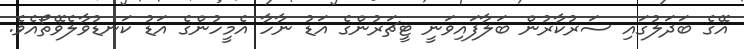
އޭގެ ބަދަލުގައި ސަރުކާރުން ބަލާފައިވަނީ ޓީޗަރުންގެ އަޑު ނާހާ އެމީހުންގެ އަޑު ކަނޑުވާލެވޭތޯއެވެ.